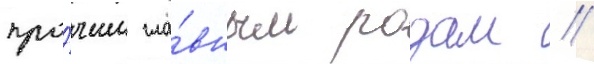
про́чим гла́вным родам //